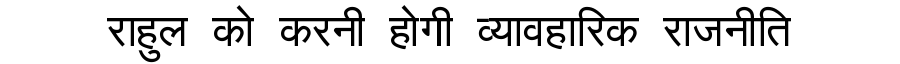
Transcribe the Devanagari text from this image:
राहुल को करनी होगी व्यावहारिक राजनीति